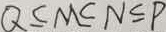
Q \leq M \leq N \leq P